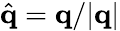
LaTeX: \hat{\mathbf{q}}=\mathbf{q}/|\mathbf{q}|